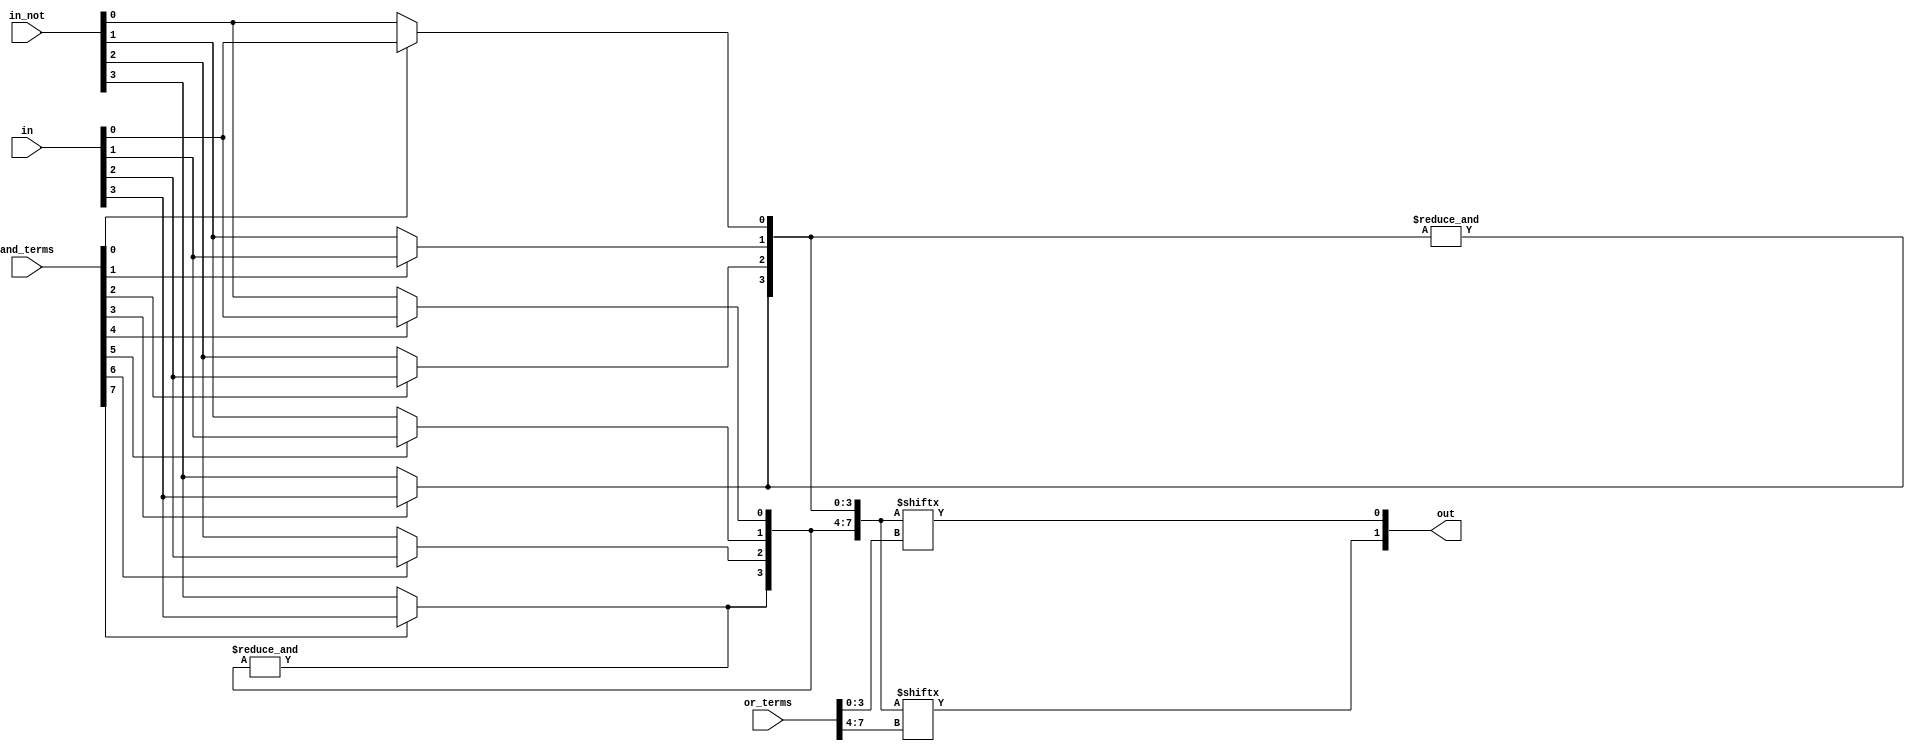
module fuse_based_PLA #(parameter N = 4, M = 2) (
    input  wire [N-1:0] in,        // Input signals
    input  wire [N-1:0] in_not,    // Inverted inputs
    input  wire [N*M-1:0] and_terms, // Programming connections for AND gates
    input  wire [M*N-1:0] or_terms, // Programming connections for OR gates
    output wire [M-1:0] out        // Output signals
);

// Intermediate signals for AND gates
wire [N*M-1:0] and_out;

// AND array
genvar i, j;
generate
    for (i = 0; i < M; i = i + 1) begin : and_gate
        for (j = 0; j < N; j = j + 1) begin : and_input
            assign and_out[i*N + j] = and_terms[i*N + j] ? in[j] : in_not[j];
        end
        assign and_out[N*i + N - 1] = &and_out[N*i +: N]; // Logical AND across inputs for each AND gate
    end
endgenerate

// OR array
genvar k;
generate
    for (k = 0; k < M; k = k + 1) begin : or_gate
        assign out[k] = |(and_out[or_terms[k*N +: N]]); // Logical OR across selected AND outputs
    end
endgenerate

endmodule